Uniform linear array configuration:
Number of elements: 12
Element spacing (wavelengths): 0.5
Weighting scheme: hann
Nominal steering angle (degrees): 60
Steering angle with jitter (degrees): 61.216
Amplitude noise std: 0.05
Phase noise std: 0.05

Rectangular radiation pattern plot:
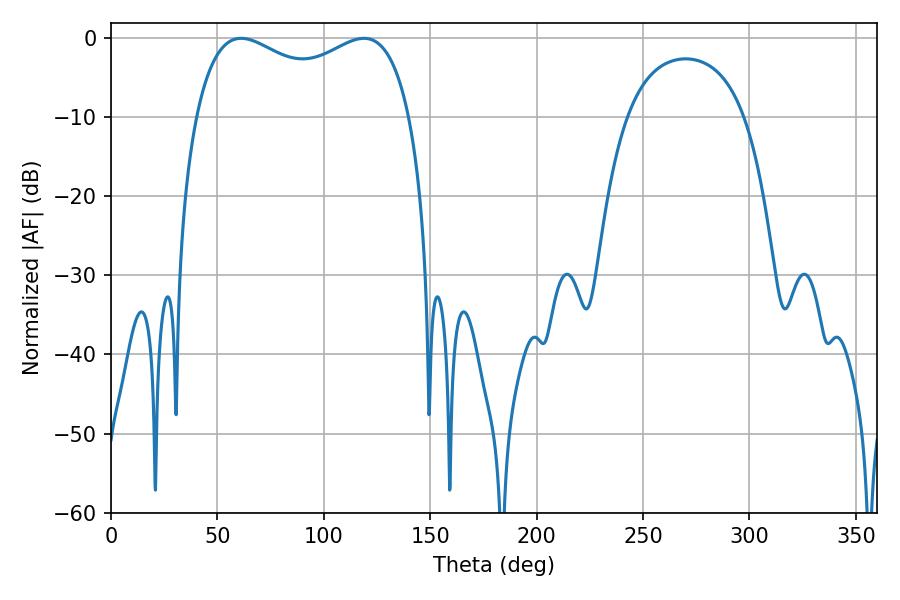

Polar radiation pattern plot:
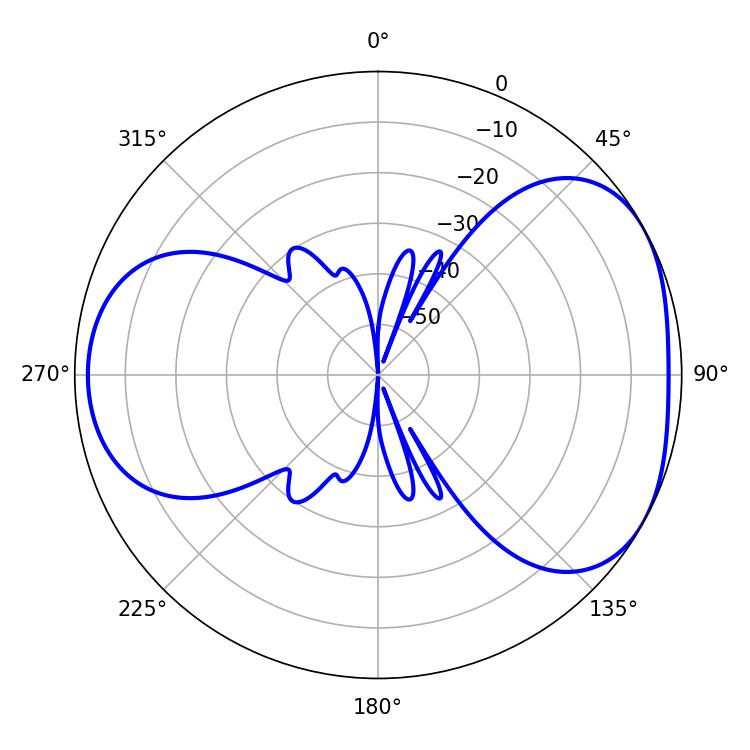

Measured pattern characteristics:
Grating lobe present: FALSE
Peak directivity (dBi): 4.425
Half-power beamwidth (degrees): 83.88
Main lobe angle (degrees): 61.2